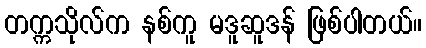
တက္ကသိုလ်က နစ်ကူ မဒူဆူဒန် ဖြစ်ပါတယ်။